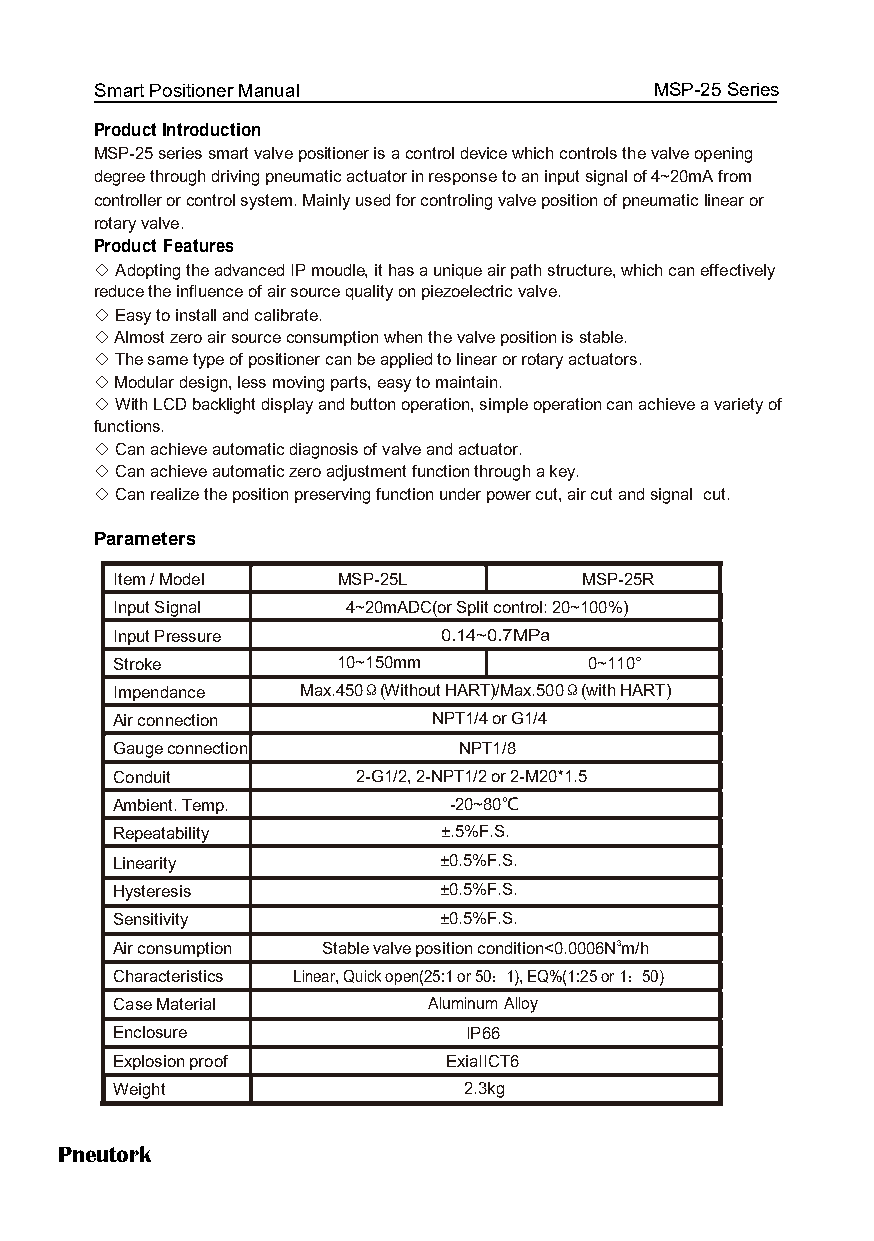
Smart Positioner Manual              MSP-25 Series
 Product Introduction
 MSP-25 series smart valve positioner is a control device which controls the valve opening
 degree through driving pneumatic actuator in response to an input signal of 4~20mA from
 controller or control system. Mainly used for controling valve position of pneumatic linear or
 rotary valve.
 Product Features
 ◇ Adopting the advanced IP moudle, it has a unique air path structure, which can effectively
 reduce the influence of air source quality on piezoelectric valve.
 ◇ Easy to install and calibrate.
 ◇ Almost zero air source consumption when the valve position is stable.
 ◇ The same type of positioner can be applied to linear or rotary actuators.
 ◇ Modular design, less moving parts, easy to maintain.
 ◇ With LCD backlight display and button operation, simple operation can achieve a variety of
 functions.
 ◇ Can achieve automatic diagnosis of valve and actuator.
 ◇ Can achieve automatic zero adjustment function through a key.
 ◇ Can realize the position preserving function under power cut, air cut and signal cut.
 Parameters
 Item / Model   MSP-25L          MSP-25R
 Input Signal    4~20mADC(or Split control: 20~100%)
 Input Pressure        0.14~0.7MPa
 Stroke         10~150mm         0~110°
 Impendance   Max.450Ω(Without HART)/Max.500Ω(with HART)
 Air connection        NPT1/4 or G1/4
 Gauge connection       NPT1/8
 Conduit          2-G1/2, 2-NPT1/2 or 2-M20*1.5
 Ambient. Temp.         -20~80℃
 Repeatability         ±.5%F.S.
 Linearity             ±0.5%F.S.
 Hysteresis            ±0.5%F.S.
 Sensitivity           ±0.5%F.S.
 Air consumption Stable valve position condition<0.0006N3m/h
 Characteristics Linear, Quick open(25:1 or 50：1), EQ%(1:25 or 1：50)
 Case Material        Aluminum Alloy
 Enclosure               IP66
 Explosion proof        ExiaIICT6
 Weight                  2.3kg
 Pneutork